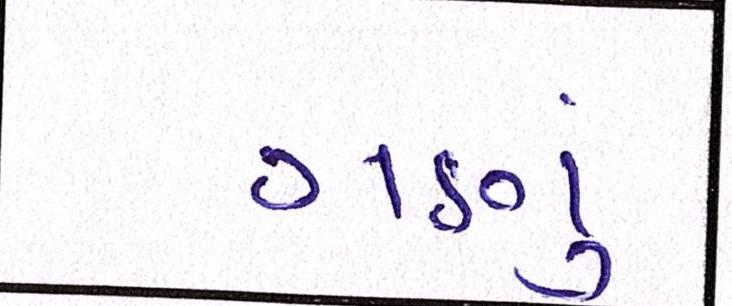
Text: ગણું